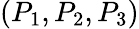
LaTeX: (P_{1},P_{2},P_{3})